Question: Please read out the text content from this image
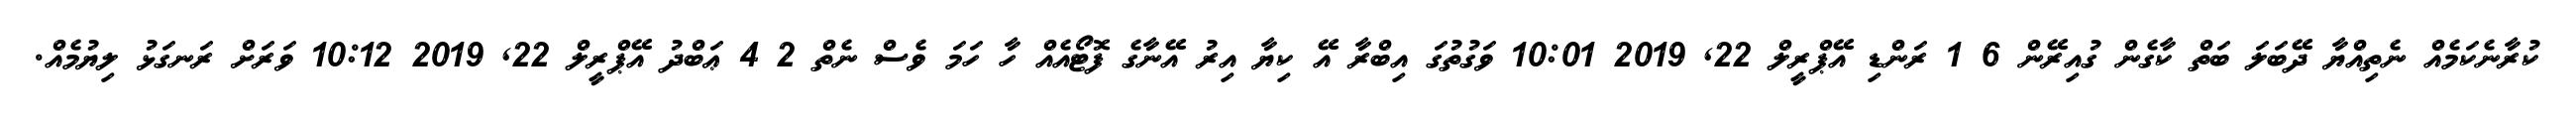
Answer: ކުރާނެކަމެއް ނެތިއްޔާ ދޭބަލަ ބަތް ކާގެން ގުއިރޭން 6 1 ރަންޑި އޭޕްރީލް 22, 2019 10:01 ވަގުތުގަ އިބްރާ އޭ ކިޔާ އިރު އޭނާގެ ފޮޓޯއެއް ހާ ހަމަ ވެސް ނެތް 2 4 ޢަބްދު އޭޕްރީލް 22, 2019 10:12 ވަރަށް ރަނގަޅު ލިޔުމެއް.